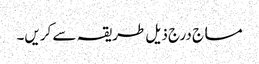
مساج درج ذیل طریقہ سے کریں۔